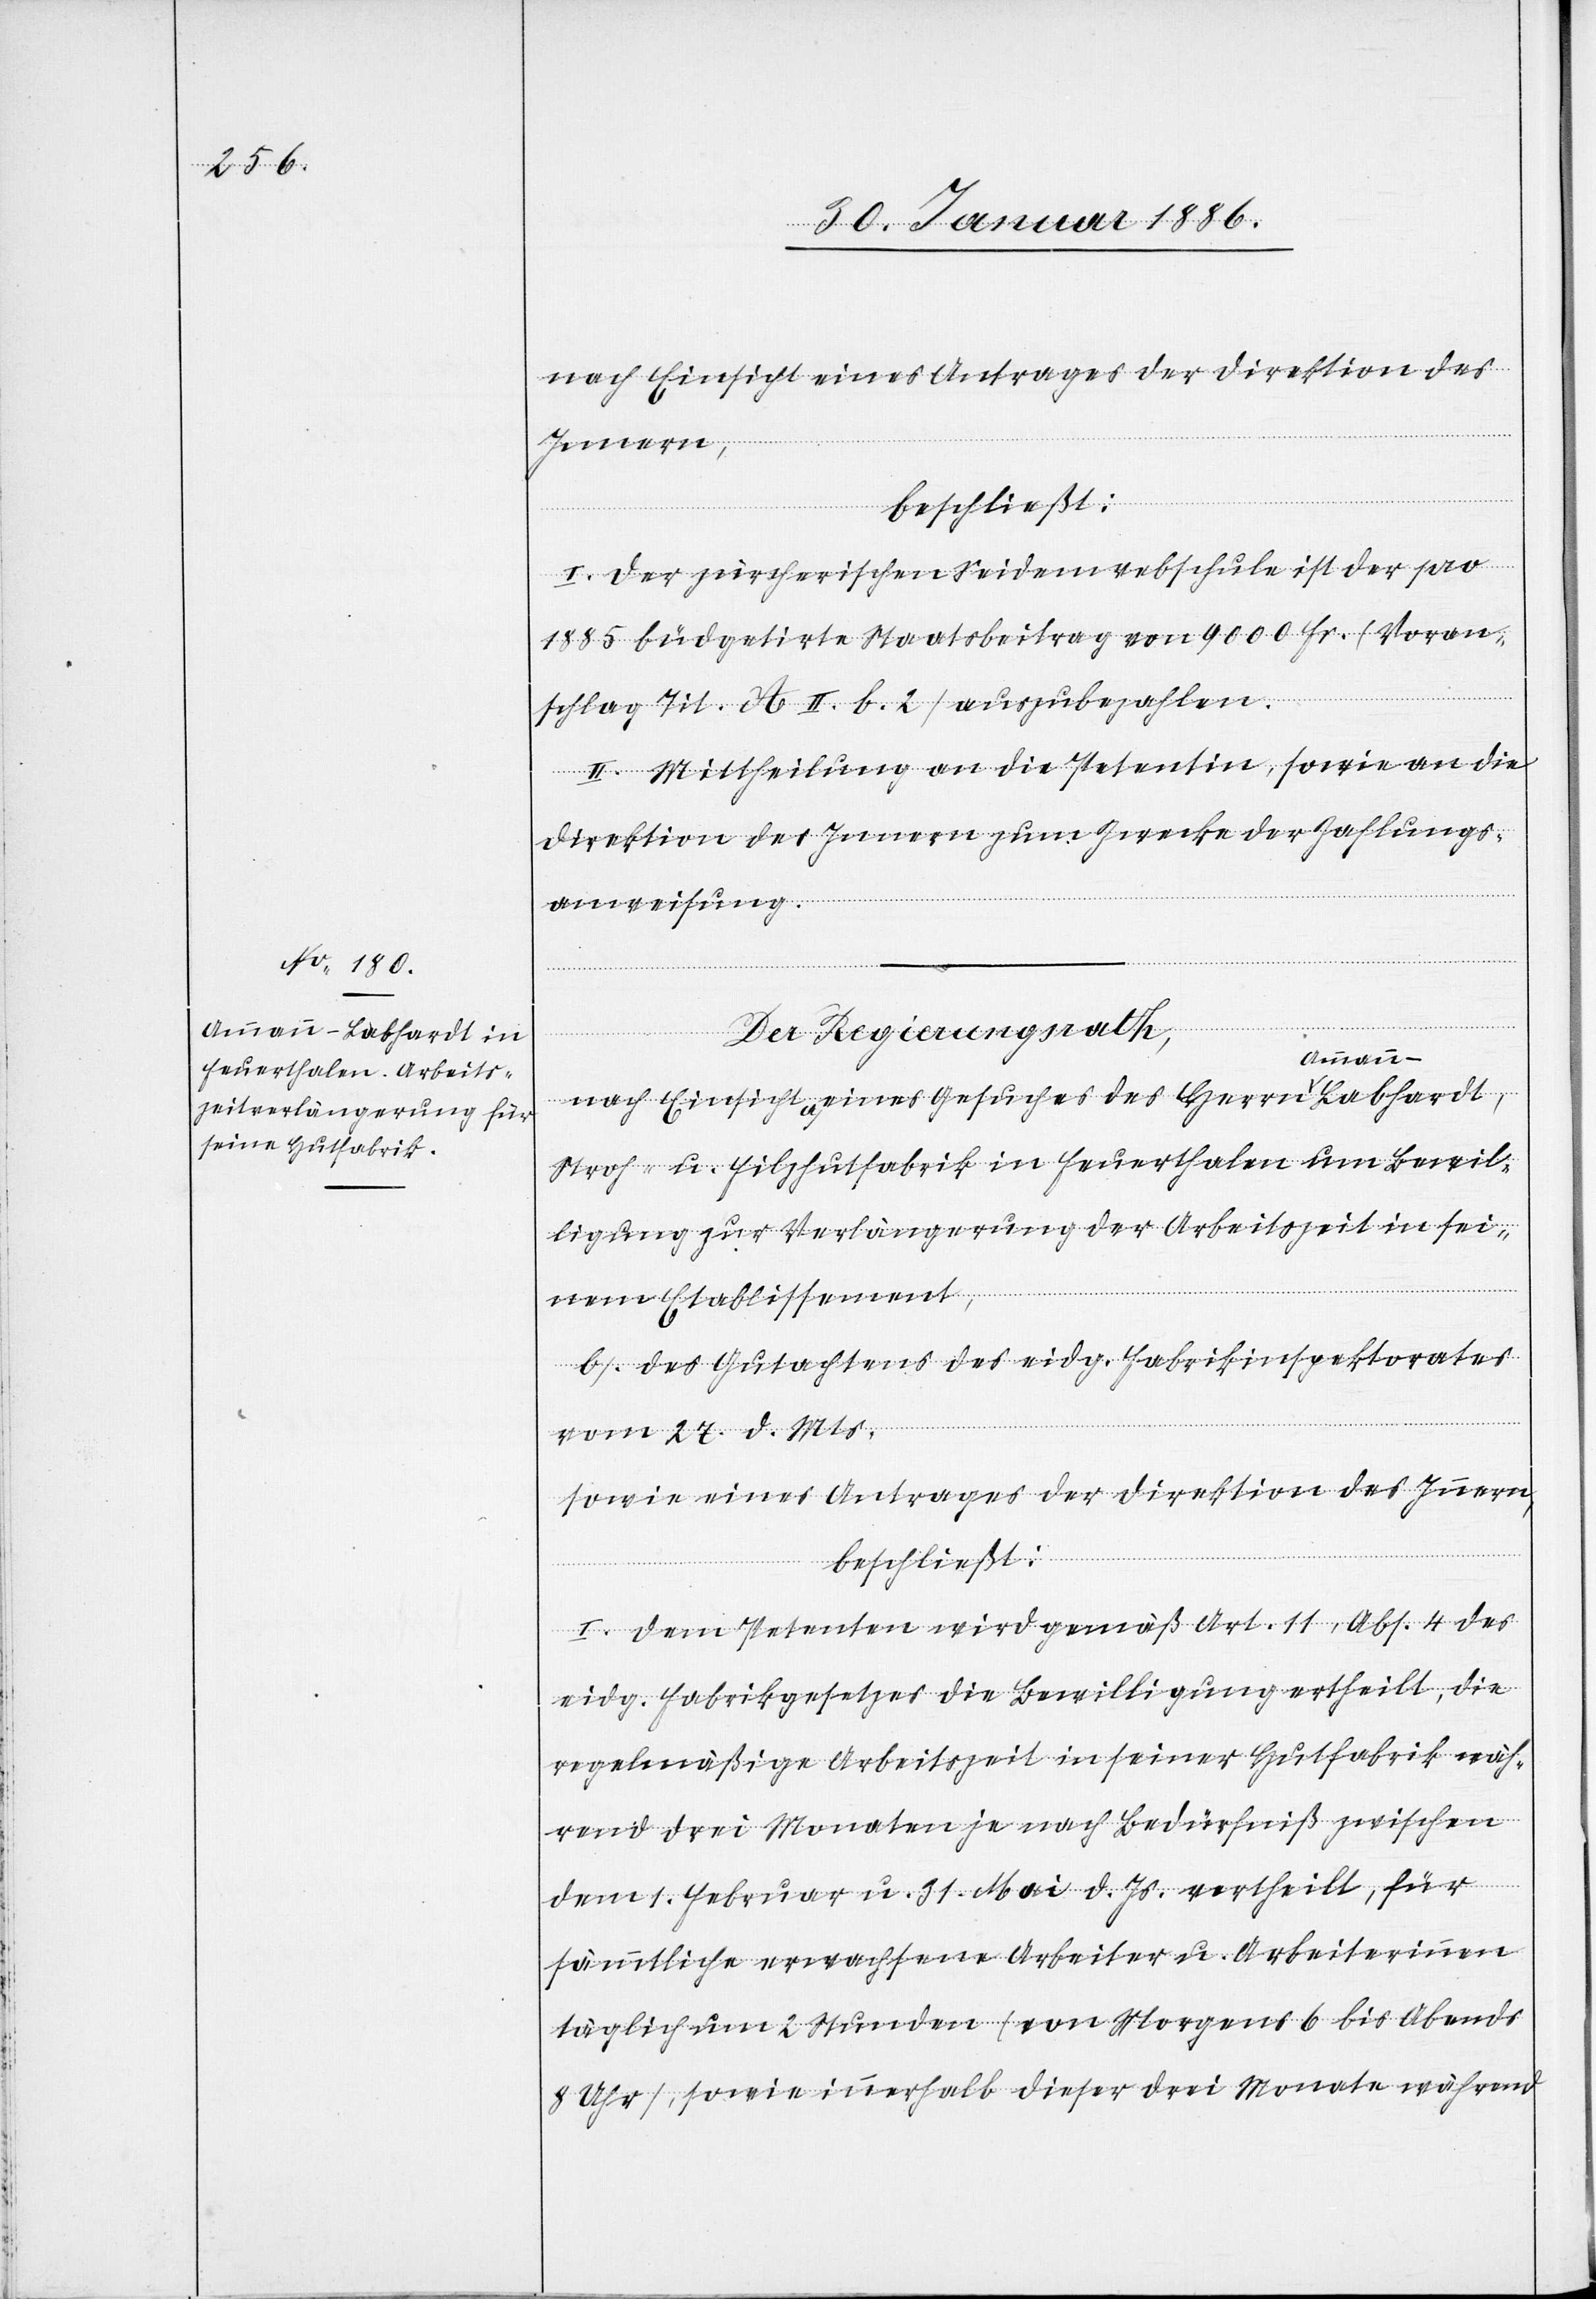
nach Einsicht eines Antrages der Direktion des
beschließt:
I. Der zürcherischen Seidenwebschule ist der pro
1885 büdgetirte Staatsbeitrag von 9000 Fr. (Voran¬
schlag Tit. A II b. 2) auszubezahlen.
II. Mittheilung an die Petentin, sowie an die
Direktion des Innern zum Zwecke der Zahlungs¬
anweisung.
des
Ammann-Labhardt,
Der Regierungsrath,
Stroh- u. Filzhutfabrik in Feuerthalen um Bewil¬
ligung zur Verlängerung der Arbeitszeit in sei¬
nem Etablissement,
b). des Gutachtens des eidg. Fabrikinspektors
vom 27. d. Mts.
sowie eines Antrages der Direktion des Innern,
beschließt:
I. Dem Petenten wird gemäß Art. 11, Abs. 4 des
eidg. Fabrikgesetzes die Bewilligung ertheilt, die
regelmäßige Arbeitszeit in seiner Hutfabrik wäh¬
rend drei Monaten je nach Bedürfniß zwischen
dem 1. Februar u. 31 Mai d. Js. vertheilt, für
sämmtliche erwachsene Arbeiter u. Arbeiterinnen
täglich um 2 Stunden (von Morgens 6 bis Abends
8 Uhr) sowie innerhalb dieser drei Monate während